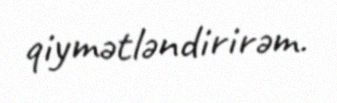
qiymətləndirirəm.